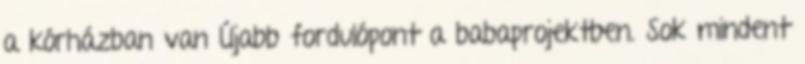
a kórházban van Újabb fordulópont a babaprojektben. Sok mindent